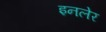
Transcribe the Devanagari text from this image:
इनलेर